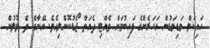
ހައިކަލް މަޑިމަޑުން އަހަރެންގެ ފައިބުމަށް ވެއްޓި ދެއަތް ޖޯޑުކޮށްލިއެވެ. އޭނާގެ ދެ ލޮލުން